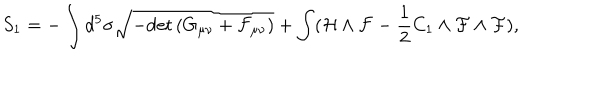
LaTeX: S _ { 1 } = - \int d ^ { 5 } \sigma \sqrt { - \mathrm { d e t } \, ( G _ { \mu \nu } + \cal F _ { \mu \nu } ) } + \int ( { \cal H } \wedge { \cal F } - \frac { 1 } { 2 } C _ { 1 } \wedge { \cal F } \wedge { \cal F } ) ,